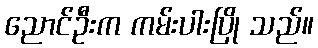
ညောင်ဦးက ကမ်းပါးပြို သည်။